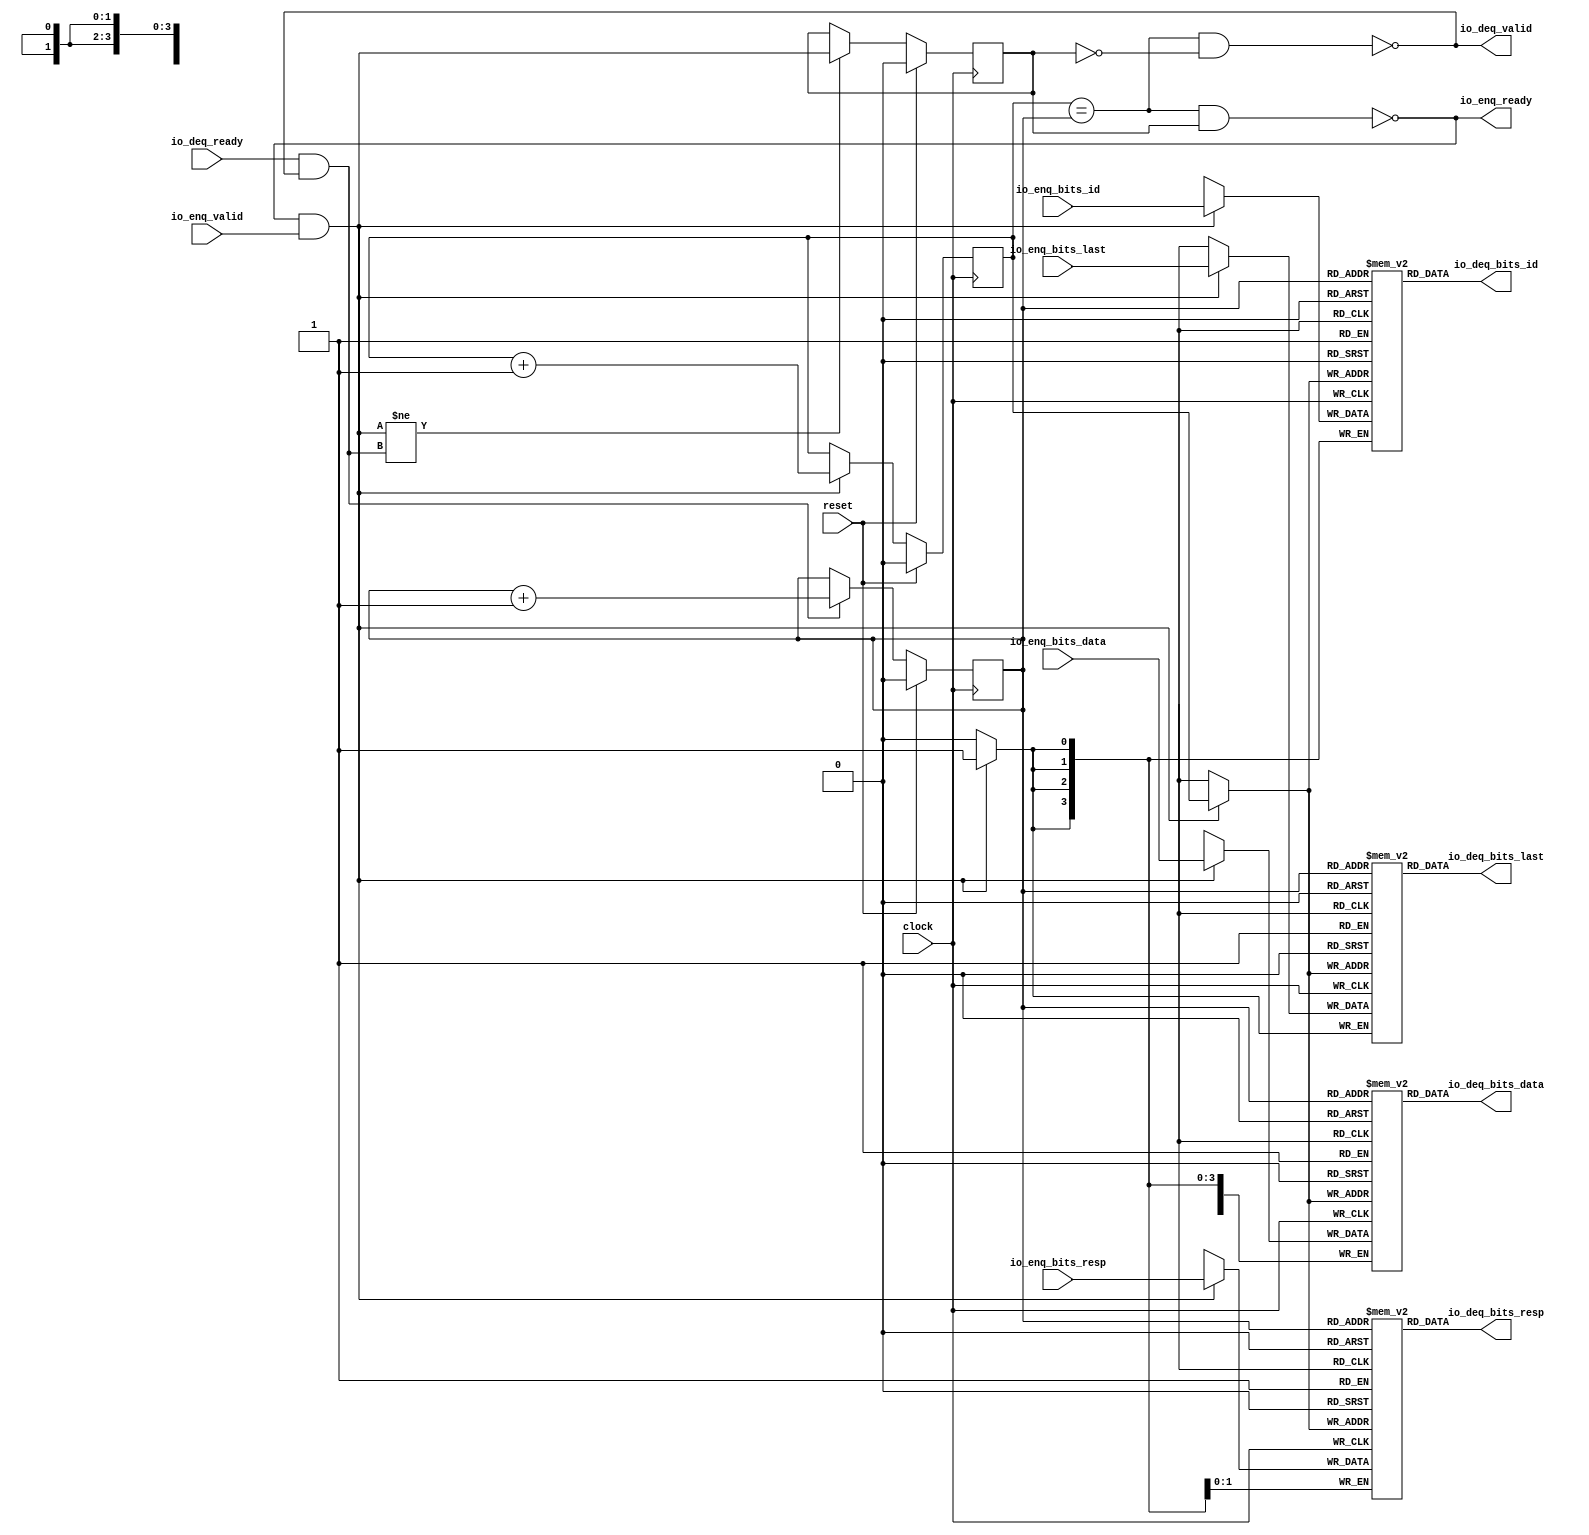
module Queue_4(
  input         clock,
  input         reset,
  output        io_enq_ready,
  input         io_enq_valid,
  input  [3:0]  io_enq_bits_id,
  input  [63:0] io_enq_bits_data,
  input  [1:0]  io_enq_bits_resp,
  input         io_enq_bits_last,
  input         io_deq_ready,
  output        io_deq_valid,
  output [3:0]  io_deq_bits_id,
  output [63:0] io_deq_bits_data,
  output [1:0]  io_deq_bits_resp,
  output        io_deq_bits_last
);
`ifdef RANDOMIZE_MEM_INIT
  reg [31:0] _RAND_0;
  reg [63:0] _RAND_1;
  reg [31:0] _RAND_2;
  reg [31:0] _RAND_3;
`endif // RANDOMIZE_MEM_INIT
`ifdef RANDOMIZE_REG_INIT
  reg [31:0] _RAND_4;
  reg [31:0] _RAND_5;
  reg [31:0] _RAND_6;
`endif // RANDOMIZE_REG_INIT
  reg [3:0] ram_id [0:1]; // @[Decoupled.scala 259:95]
  wire  ram_id_io_deq_bits_MPORT_en; // @[Decoupled.scala 259:95]
  wire  ram_id_io_deq_bits_MPORT_addr; // @[Decoupled.scala 259:95]
  wire [3:0] ram_id_io_deq_bits_MPORT_data; // @[Decoupled.scala 259:95]
  wire [3:0] ram_id_MPORT_data; // @[Decoupled.scala 259:95]
  wire  ram_id_MPORT_addr; // @[Decoupled.scala 259:95]
  wire  ram_id_MPORT_mask; // @[Decoupled.scala 259:95]
  wire  ram_id_MPORT_en; // @[Decoupled.scala 259:95]
  reg [63:0] ram_data [0:1]; // @[Decoupled.scala 259:95]
  wire  ram_data_io_deq_bits_MPORT_en; // @[Decoupled.scala 259:95]
  wire  ram_data_io_deq_bits_MPORT_addr; // @[Decoupled.scala 259:95]
  wire [63:0] ram_data_io_deq_bits_MPORT_data; // @[Decoupled.scala 259:95]
  wire [63:0] ram_data_MPORT_data; // @[Decoupled.scala 259:95]
  wire  ram_data_MPORT_addr; // @[Decoupled.scala 259:95]
  wire  ram_data_MPORT_mask; // @[Decoupled.scala 259:95]
  wire  ram_data_MPORT_en; // @[Decoupled.scala 259:95]
  reg [1:0] ram_resp [0:1]; // @[Decoupled.scala 259:95]
  wire  ram_resp_io_deq_bits_MPORT_en; // @[Decoupled.scala 259:95]
  wire  ram_resp_io_deq_bits_MPORT_addr; // @[Decoupled.scala 259:95]
  wire [1:0] ram_resp_io_deq_bits_MPORT_data; // @[Decoupled.scala 259:95]
  wire [1:0] ram_resp_MPORT_data; // @[Decoupled.scala 259:95]
  wire  ram_resp_MPORT_addr; // @[Decoupled.scala 259:95]
  wire  ram_resp_MPORT_mask; // @[Decoupled.scala 259:95]
  wire  ram_resp_MPORT_en; // @[Decoupled.scala 259:95]
  reg  ram_last [0:1]; // @[Decoupled.scala 259:95]
  wire  ram_last_io_deq_bits_MPORT_en; // @[Decoupled.scala 259:95]
  wire  ram_last_io_deq_bits_MPORT_addr; // @[Decoupled.scala 259:95]
  wire  ram_last_io_deq_bits_MPORT_data; // @[Decoupled.scala 259:95]
  wire  ram_last_MPORT_data; // @[Decoupled.scala 259:95]
  wire  ram_last_MPORT_addr; // @[Decoupled.scala 259:95]
  wire  ram_last_MPORT_mask; // @[Decoupled.scala 259:95]
  wire  ram_last_MPORT_en; // @[Decoupled.scala 259:95]
  reg  value; // @[Counter.scala 62:40]
  reg  value_1; // @[Counter.scala 62:40]
  reg  maybe_full; // @[Decoupled.scala 262:27]
  wire  ptr_match = value == value_1; // @[Decoupled.scala 263:33]
  wire  empty = ptr_match & ~maybe_full; // @[Decoupled.scala 264:25]
  wire  full = ptr_match & maybe_full; // @[Decoupled.scala 265:24]
  wire  do_enq = io_enq_ready & io_enq_valid; // @[Decoupled.scala 50:35]
  wire  do_deq = io_deq_ready & io_deq_valid; // @[Decoupled.scala 50:35]
  assign ram_id_io_deq_bits_MPORT_en = 1'h1;
  assign ram_id_io_deq_bits_MPORT_addr = value_1;
  assign ram_id_io_deq_bits_MPORT_data = ram_id[ram_id_io_deq_bits_MPORT_addr]; // @[Decoupled.scala 259:95]
  assign ram_id_MPORT_data = io_enq_bits_id;
  assign ram_id_MPORT_addr = value;
  assign ram_id_MPORT_mask = 1'h1;
  assign ram_id_MPORT_en = io_enq_ready & io_enq_valid;
  assign ram_data_io_deq_bits_MPORT_en = 1'h1;
  assign ram_data_io_deq_bits_MPORT_addr = value_1;
  assign ram_data_io_deq_bits_MPORT_data = ram_data[ram_data_io_deq_bits_MPORT_addr]; // @[Decoupled.scala 259:95]
  assign ram_data_MPORT_data = io_enq_bits_data;
  assign ram_data_MPORT_addr = value;
  assign ram_data_MPORT_mask = 1'h1;
  assign ram_data_MPORT_en = io_enq_ready & io_enq_valid;
  assign ram_resp_io_deq_bits_MPORT_en = 1'h1;
  assign ram_resp_io_deq_bits_MPORT_addr = value_1;
  assign ram_resp_io_deq_bits_MPORT_data = ram_resp[ram_resp_io_deq_bits_MPORT_addr]; // @[Decoupled.scala 259:95]
  assign ram_resp_MPORT_data = io_enq_bits_resp;
  assign ram_resp_MPORT_addr = value;
  assign ram_resp_MPORT_mask = 1'h1;
  assign ram_resp_MPORT_en = io_enq_ready & io_enq_valid;
  assign ram_last_io_deq_bits_MPORT_en = 1'h1;
  assign ram_last_io_deq_bits_MPORT_addr = value_1;
  assign ram_last_io_deq_bits_MPORT_data = ram_last[ram_last_io_deq_bits_MPORT_addr]; // @[Decoupled.scala 259:95]
  assign ram_last_MPORT_data = io_enq_bits_last;
  assign ram_last_MPORT_addr = value;
  assign ram_last_MPORT_mask = 1'h1;
  assign ram_last_MPORT_en = io_enq_ready & io_enq_valid;
  assign io_enq_ready = ~full; // @[Decoupled.scala 289:19]
  assign io_deq_valid = ~empty; // @[Decoupled.scala 288:19]
  assign io_deq_bits_id = ram_id_io_deq_bits_MPORT_data; // @[Decoupled.scala 296:17]
  assign io_deq_bits_data = ram_data_io_deq_bits_MPORT_data; // @[Decoupled.scala 296:17]
  assign io_deq_bits_resp = ram_resp_io_deq_bits_MPORT_data; // @[Decoupled.scala 296:17]
  assign io_deq_bits_last = ram_last_io_deq_bits_MPORT_data; // @[Decoupled.scala 296:17]
  always @(posedge clock) begin
    if (ram_id_MPORT_en & ram_id_MPORT_mask) begin
      ram_id[ram_id_MPORT_addr] <= ram_id_MPORT_data; // @[Decoupled.scala 259:95]
    end
    if (ram_data_MPORT_en & ram_data_MPORT_mask) begin
      ram_data[ram_data_MPORT_addr] <= ram_data_MPORT_data; // @[Decoupled.scala 259:95]
    end
    if (ram_resp_MPORT_en & ram_resp_MPORT_mask) begin
      ram_resp[ram_resp_MPORT_addr] <= ram_resp_MPORT_data; // @[Decoupled.scala 259:95]
    end
    if (ram_last_MPORT_en & ram_last_MPORT_mask) begin
      ram_last[ram_last_MPORT_addr] <= ram_last_MPORT_data; // @[Decoupled.scala 259:95]
    end
    if (reset) begin // @[Counter.scala 62:40]
      value <= 1'h0; // @[Counter.scala 62:40]
    end else if (do_enq) begin // @[Decoupled.scala 272:16]
      value <= value + 1'h1; // @[Counter.scala 78:15]
    end
    if (reset) begin // @[Counter.scala 62:40]
      value_1 <= 1'h0; // @[Counter.scala 62:40]
    end else if (do_deq) begin // @[Decoupled.scala 276:16]
      value_1 <= value_1 + 1'h1; // @[Counter.scala 78:15]
    end
    if (reset) begin // @[Decoupled.scala 262:27]
      maybe_full <= 1'h0; // @[Decoupled.scala 262:27]
    end else if (do_enq != do_deq) begin // @[Decoupled.scala 279:27]
      maybe_full <= do_enq; // @[Decoupled.scala 280:16]
    end
  end
// Register and memory initialization
`ifdef RANDOMIZE_GARBAGE_ASSIGN
`define RANDOMIZE
`endif
`ifdef RANDOMIZE_INVALID_ASSIGN
`define RANDOMIZE
`endif
`ifdef RANDOMIZE_REG_INIT
`define RANDOMIZE
`endif
`ifdef RANDOMIZE_MEM_INIT
`define RANDOMIZE
`endif
`ifndef RANDOM
`define RANDOM $random
`endif
`ifdef RANDOMIZE_MEM_INIT
  integer initvar;
`endif
`ifndef SYNTHESIS
`ifdef FIRRTL_BEFORE_INITIAL
`FIRRTL_BEFORE_INITIAL
`endif
initial begin
  `ifdef RANDOMIZE
    `ifdef INIT_RANDOM
      `INIT_RANDOM
    `endif
    `ifndef VERILATOR
      `ifdef RANDOMIZE_DELAY
        #`RANDOMIZE_DELAY begin end
      `else
        #0.002 begin end
      `endif
    `endif
`ifdef RANDOMIZE_MEM_INIT
  _RAND_0 = {1{`RANDOM}};
  for (initvar = 0; initvar < 2; initvar = initvar+1)
    ram_id[initvar] = _RAND_0[3:0];
  _RAND_1 = {2{`RANDOM}};
  for (initvar = 0; initvar < 2; initvar = initvar+1)
    ram_data[initvar] = _RAND_1[63:0];
  _RAND_2 = {1{`RANDOM}};
  for (initvar = 0; initvar < 2; initvar = initvar+1)
    ram_resp[initvar] = _RAND_2[1:0];
  _RAND_3 = {1{`RANDOM}};
  for (initvar = 0; initvar < 2; initvar = initvar+1)
    ram_last[initvar] = _RAND_3[0:0];
`endif // RANDOMIZE_MEM_INIT
`ifdef RANDOMIZE_REG_INIT
  _RAND_4 = {1{`RANDOM}};
  value = _RAND_4[0:0];
  _RAND_5 = {1{`RANDOM}};
  value_1 = _RAND_5[0:0];
  _RAND_6 = {1{`RANDOM}};
  maybe_full = _RAND_6[0:0];
`endif // RANDOMIZE_REG_INIT
  `endif // RANDOMIZE
end // initial
`ifdef FIRRTL_AFTER_INITIAL
`FIRRTL_AFTER_INITIAL
`endif
`endif // SYNTHESIS
endmodule